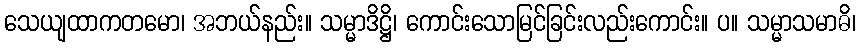
သေယျထာကတမော၊ အဘယ်နည်း။ သမ္မာဒိဋ္ဌိ၊ ကောင်းသောမြင်ခြင်းလည်းကောင်း။ ပ။ သမ္မာသမာဓိ၊